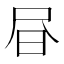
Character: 𭥜